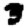
Digit: 3